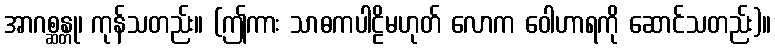
အာဂစ္ဆန္တု၊ ကုန်သတည်း။ (ဤကား သာဓကပါဠိမဟုတ် လောက ဝေါဟာရကို ဆောင်သတည်း)။